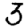
Digit: 3